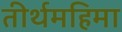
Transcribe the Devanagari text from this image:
तीर्थमहिमा